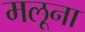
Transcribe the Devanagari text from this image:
मलूना